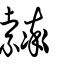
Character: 𦆽